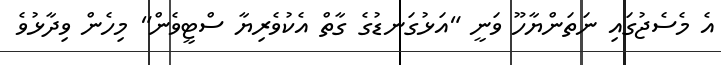
އެ މެސެޖުގައި ނަތަންޔާހޫ ވަނީ "އަޅުގަނޑުގެ ގާތް އެކުވެރިޔާ ސްޓީވެން" މިހެން ވިދާޅުވެ